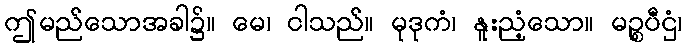
ဤမည်သောအခါ၌။ မေ၊ ငါသည်။ မုဒုကံ၊ နူးညံ့သော။ မဉ္စပီဌံ၊